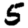
Digit: 5